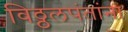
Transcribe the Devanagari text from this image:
विठ्ठलपंतांना